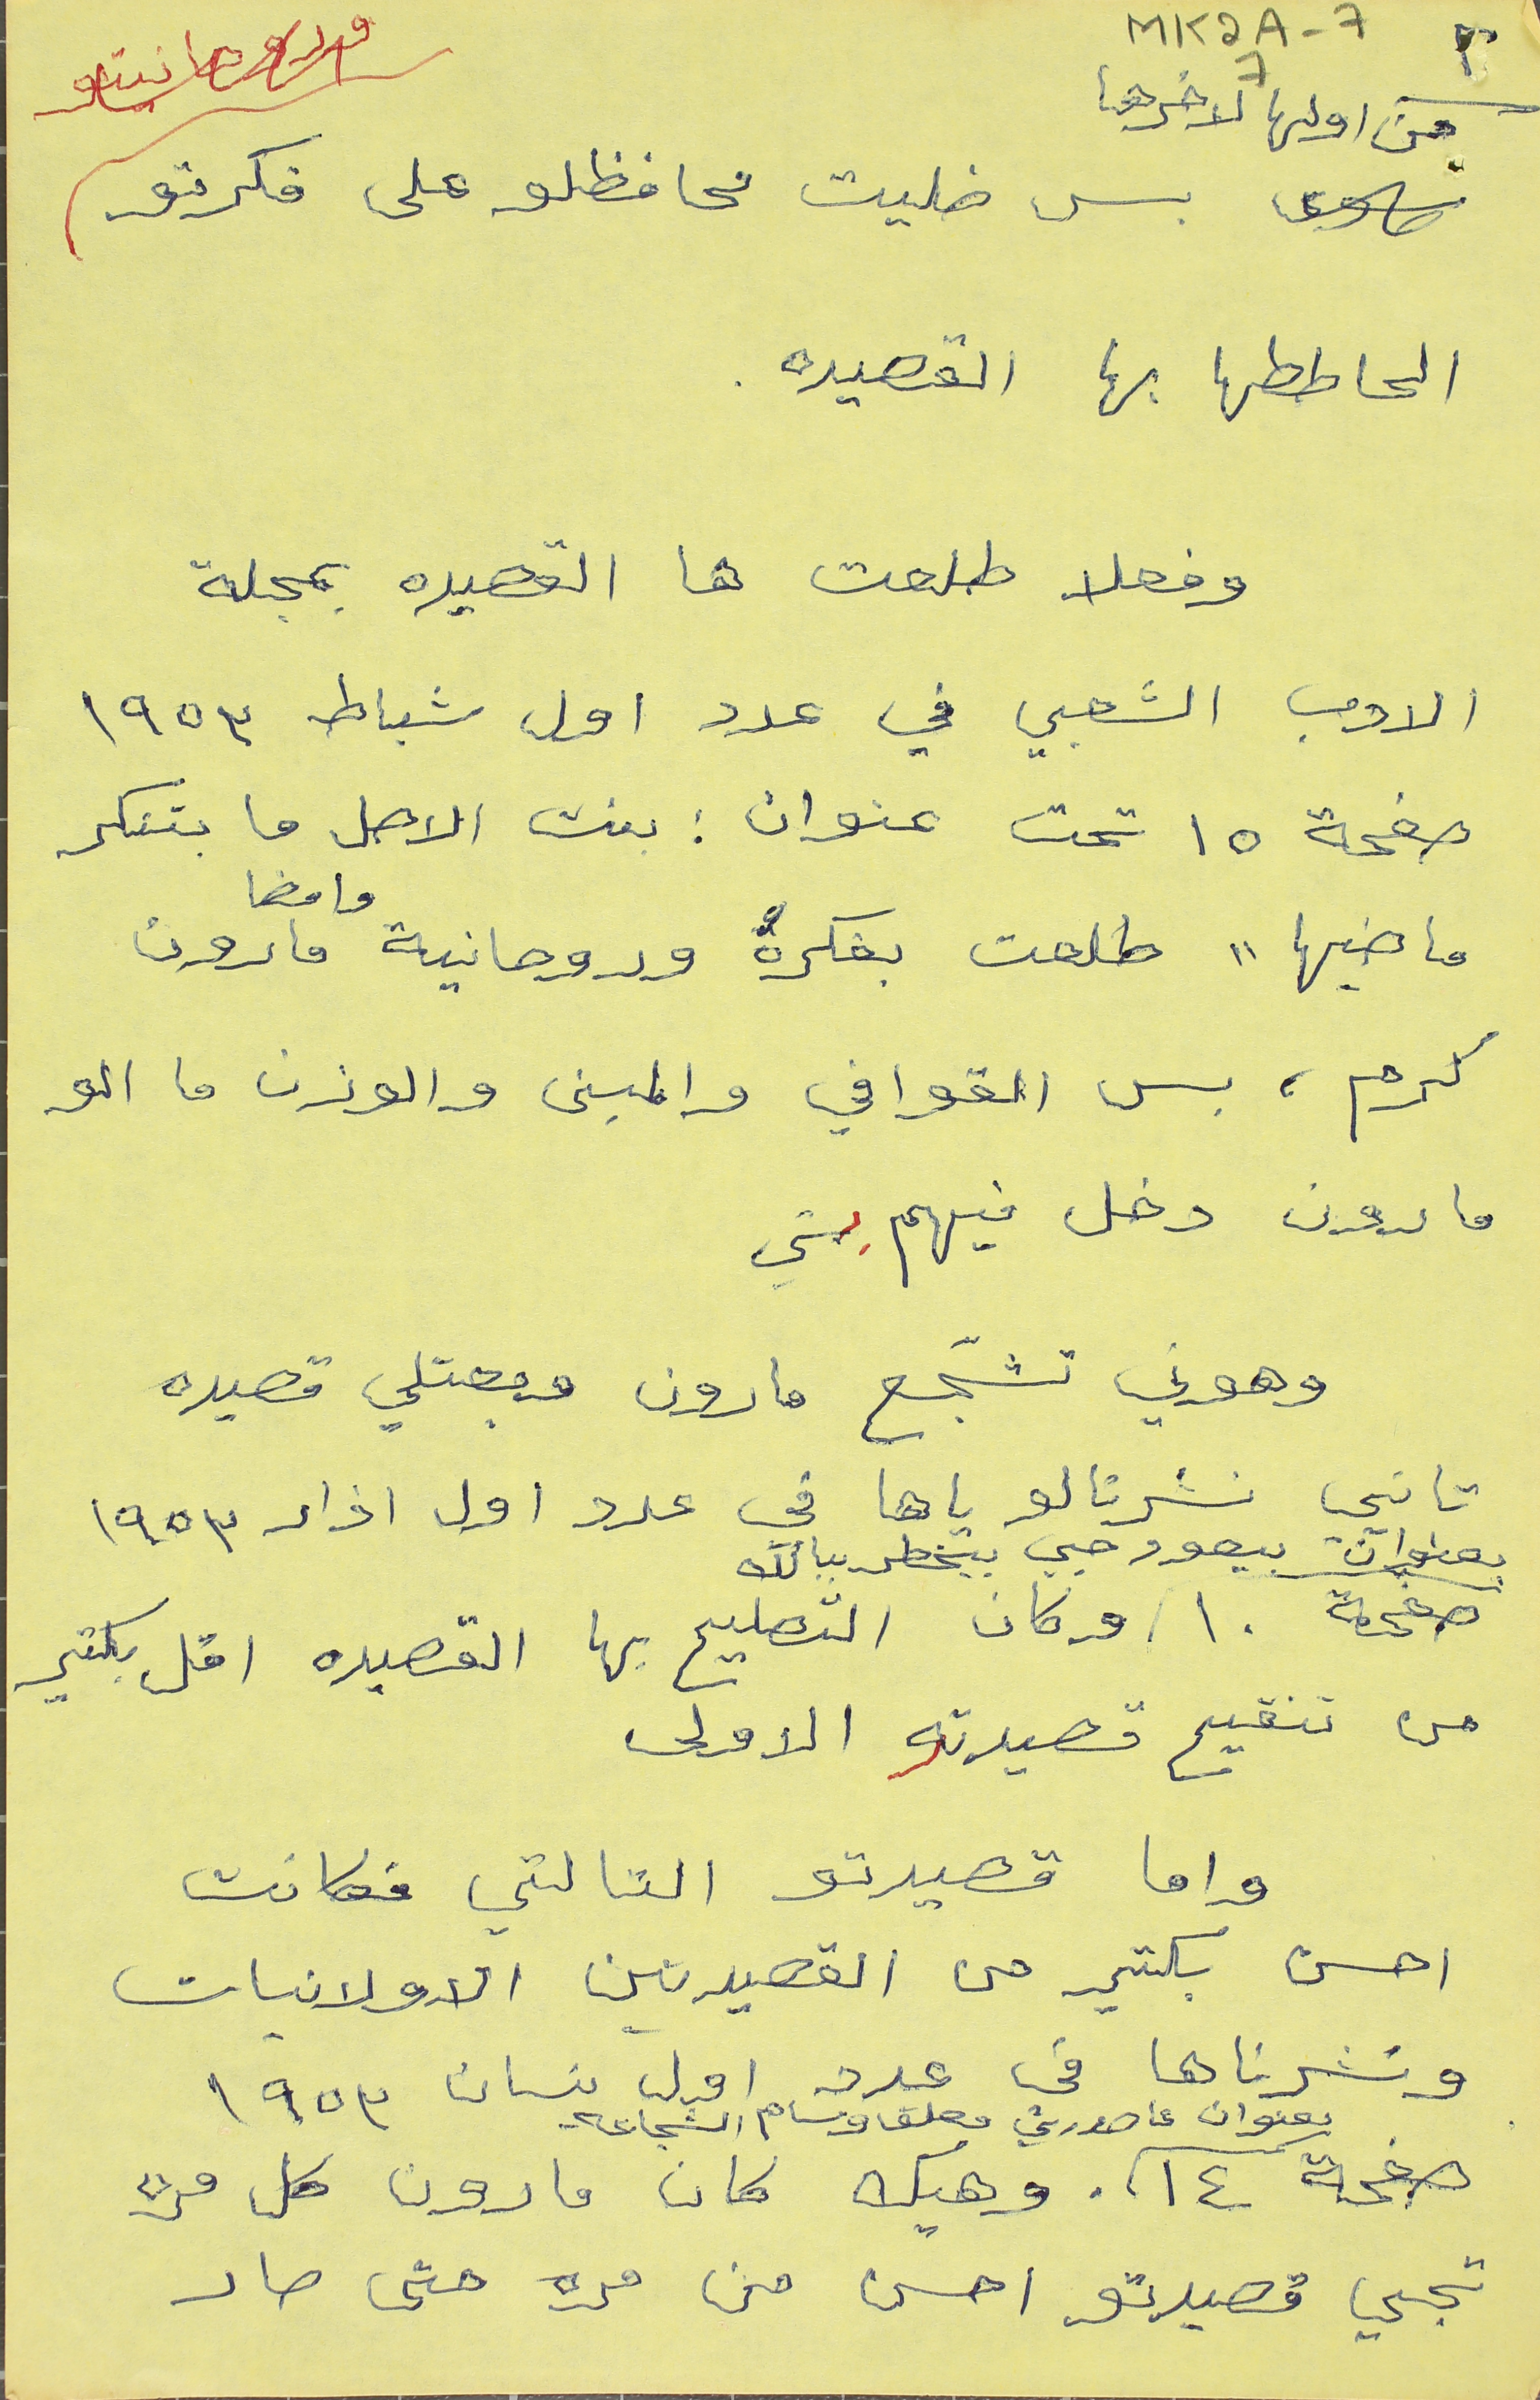
MK2A-77         ٢
من اولها لاخرها بس ضليت محافظلو على فكرتو
الحاططها بها القصيده.
وفعلا طلعت ها القصيده بمجلة
الادب الشعبي في عدد اول شباط ١٩٥٣
صفحة ١٥ تحت عنوان : بنت الاصل ما بتنكر
ماضيها "طلعت بفكرة" وروحانية وامضا مارون
كرم، بس القوافي والمبنى والوزن ما الو
مارون دخل فيهم بشي
وهوني تشجّع مارون وبعتلي قصيده
تانيي نشرنالو ياها في عدد اول آذار ١٩٥٣
بعنوان بيعود حبي بيخطر ببالك
صفحة ١٠ وكان التصليح بها القصيده اقل بكتير
من تنقيح قصيدته الاولى
واما قصيدتو التالتي فكانت
احسن بكتير من القصيدتين الاولانيات
ونشرناها في عدد اول نيسان ١٩٥٣
صفحة ١٤ بعنوان عا صورتي معلق وسام الشجاعه
وهيك كان مارون كل مره
تجي قصيدتو احسن من مره حتى صار